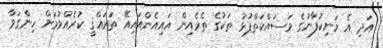
އަދި އެ މަނިކުފާނުގެ މަސައްކަތްޕުޅު ތަކުގެ ތެރެއިން އައިއެންއައިއޭ ތަރައްޤީ ކުރެއްވުމަށް ހިންގަވާ